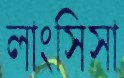
লাংসিসা